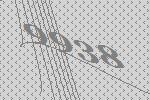
9938